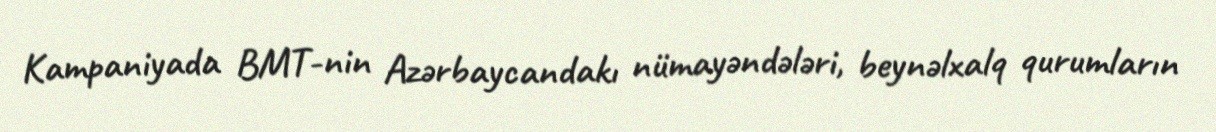
Kampaniyada BMT-nin Azərbaycandakı nümayəndələri, beynəlxalq qurumların